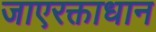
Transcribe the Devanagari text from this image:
जाएरक्ताधान